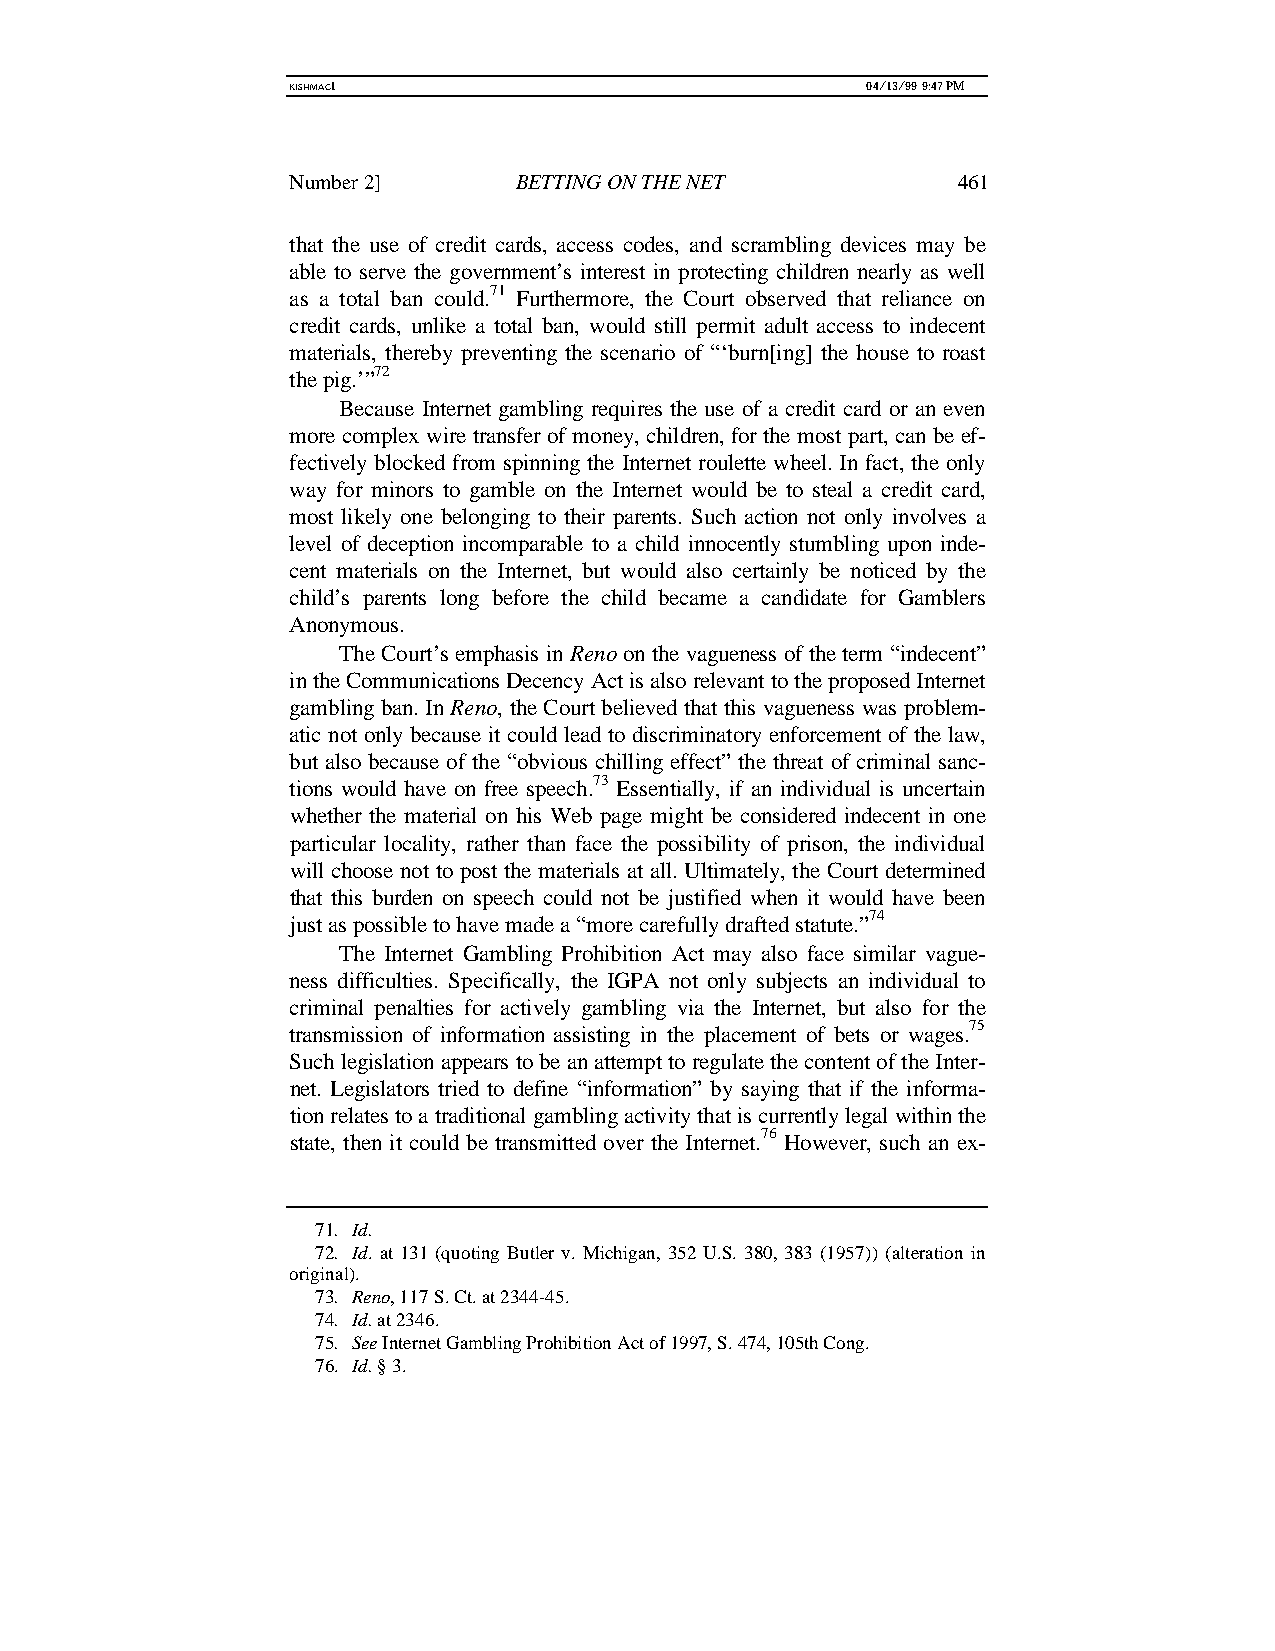
KISHMAC1                              04/13/99 9:47 PM
 Number 2]      BETTING ON THE NET           461
 that the use of credit cards, access codes, and scrambling devices may be
 able to serve the government’s interest in protecting children nearly as well
 as a total ban could.71 Furthermore, the Court observed that reliance on
 credit cards, unlike a total ban, would still permit adult access to indecent
 materials, thereby preventing the scenario of “‘burn[ing] the house to roast
 the pig.’”72
 Because Internet gambling requires the use of a credit card or an even
 more complex wire transfer of money, children, for the most part, can be ef-
 fectively blocked from spinning the Internet roulette wheel. In fact, the only
 way for minors to gamble on the Internet would be to steal a credit card,
 most likely one belonging to their parents. Such action not only involves a
 level of deception incomparable to a child innocently stumbling upon inde-
 cent materials on the Internet, but would also certainly be noticed by the
 child’s parents long before the child became a candidate for Gamblers
 Anonymous.
 The Court’s emphasis in Reno on the vagueness of the term “indecent”
 in the Communications Decency Act is also relevant to the proposed Internet
 gambling ban. In Reno, the Court believed that this vagueness was problem-
 atic not only because it could lead to discriminatory enforcement of the law,
 but also because of the “obvious chilling effect” the threat of criminal sanc-
 tions would have on free speech.73 Essentially, if an individual is uncertain
 whether the material on his Web page might be considered indecent in one
 particular locality, rather than face the possibility of prison, the individual
 will choose not to post the materials at all. Ultimately, the Court determined
 that this burden on speech could not be justified when it would have been
 just as possible to have made a “more carefully drafted statute.”74
 The Internet Gambling Prohibition Act may also face similar vague-
 ness difficulties. Specifically, the IGPA not only subjects an individual to
 criminal penalties for actively gambling via the Internet, but also for the
 transmission of information assisting in the placement of bets or wages.75
 Such legislation appears to be an attempt to regulate the content of the Inter-
 net. Legislators tried to define “information” by saying that if the informa-
 tion relates to a traditional gambling activity that is currently legal within the
 state, then it could be transmitted over the Internet.76 However, such an ex-
 71. Id.
 72. Id. at 131 (quoting Butler v. Michigan, 352 U.S. 380, 383 (1957)) (alteration in
 original).
 73. Reno, 117 S. Ct. at 2344-45.
 74. Id. at 2346.
 75. See Internet Gambling Prohibition Act of 1997, S. 474, 105th Cong.
 76. Id. § 3.